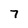
Character: 7